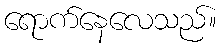
ရောက်နေလေသည်။